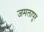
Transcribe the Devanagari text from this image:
जमलापुर